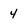
Character: 4